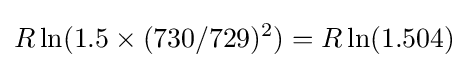
R\ln(1.5\times (730/729)^{2})=R\ln(1.504)